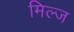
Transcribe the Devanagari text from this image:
मिल्ज